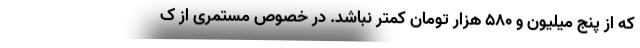
که از پنج میلیون و ۵۸۰ هزار تومان کمتر نباشد. در خصوص مستمری از ک